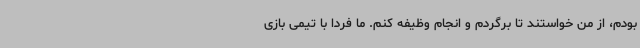
بودم، از من خواستند تا برگردم و انجام وظیفه کنم. ما فردا با تیمی بازی